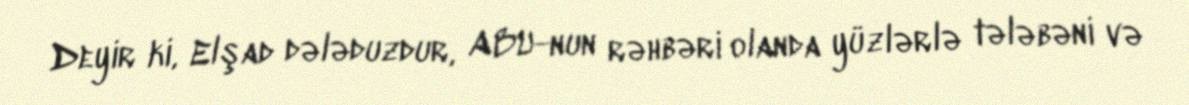
Deyir ki, Elşad dələduzdur, ABU-nun rəhbəri olanda yüzlərlə tələbəni və